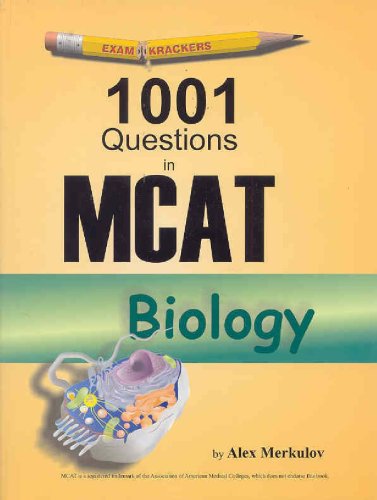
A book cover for Examkrackers 1001 Questions in MCAT Biology; Alex Merkulov; Test Preparation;